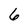
Character: 6